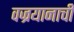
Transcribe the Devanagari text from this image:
वज्रयानाची